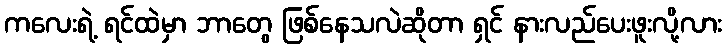
ကလေးရဲ့ ရင်ထဲမှာ ဘာတွေ ဖြစ်နေသလဲဆိုတာ ရှင် နားလည်ပေးဖူးလို့လား